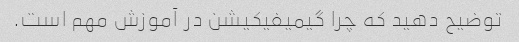
توضیح دهید که چرا گیمیفیکیشن در آموزش مهم است.